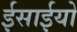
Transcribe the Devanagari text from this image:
ईसाईयो